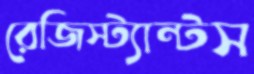
রেজিস্ট্যান্টস